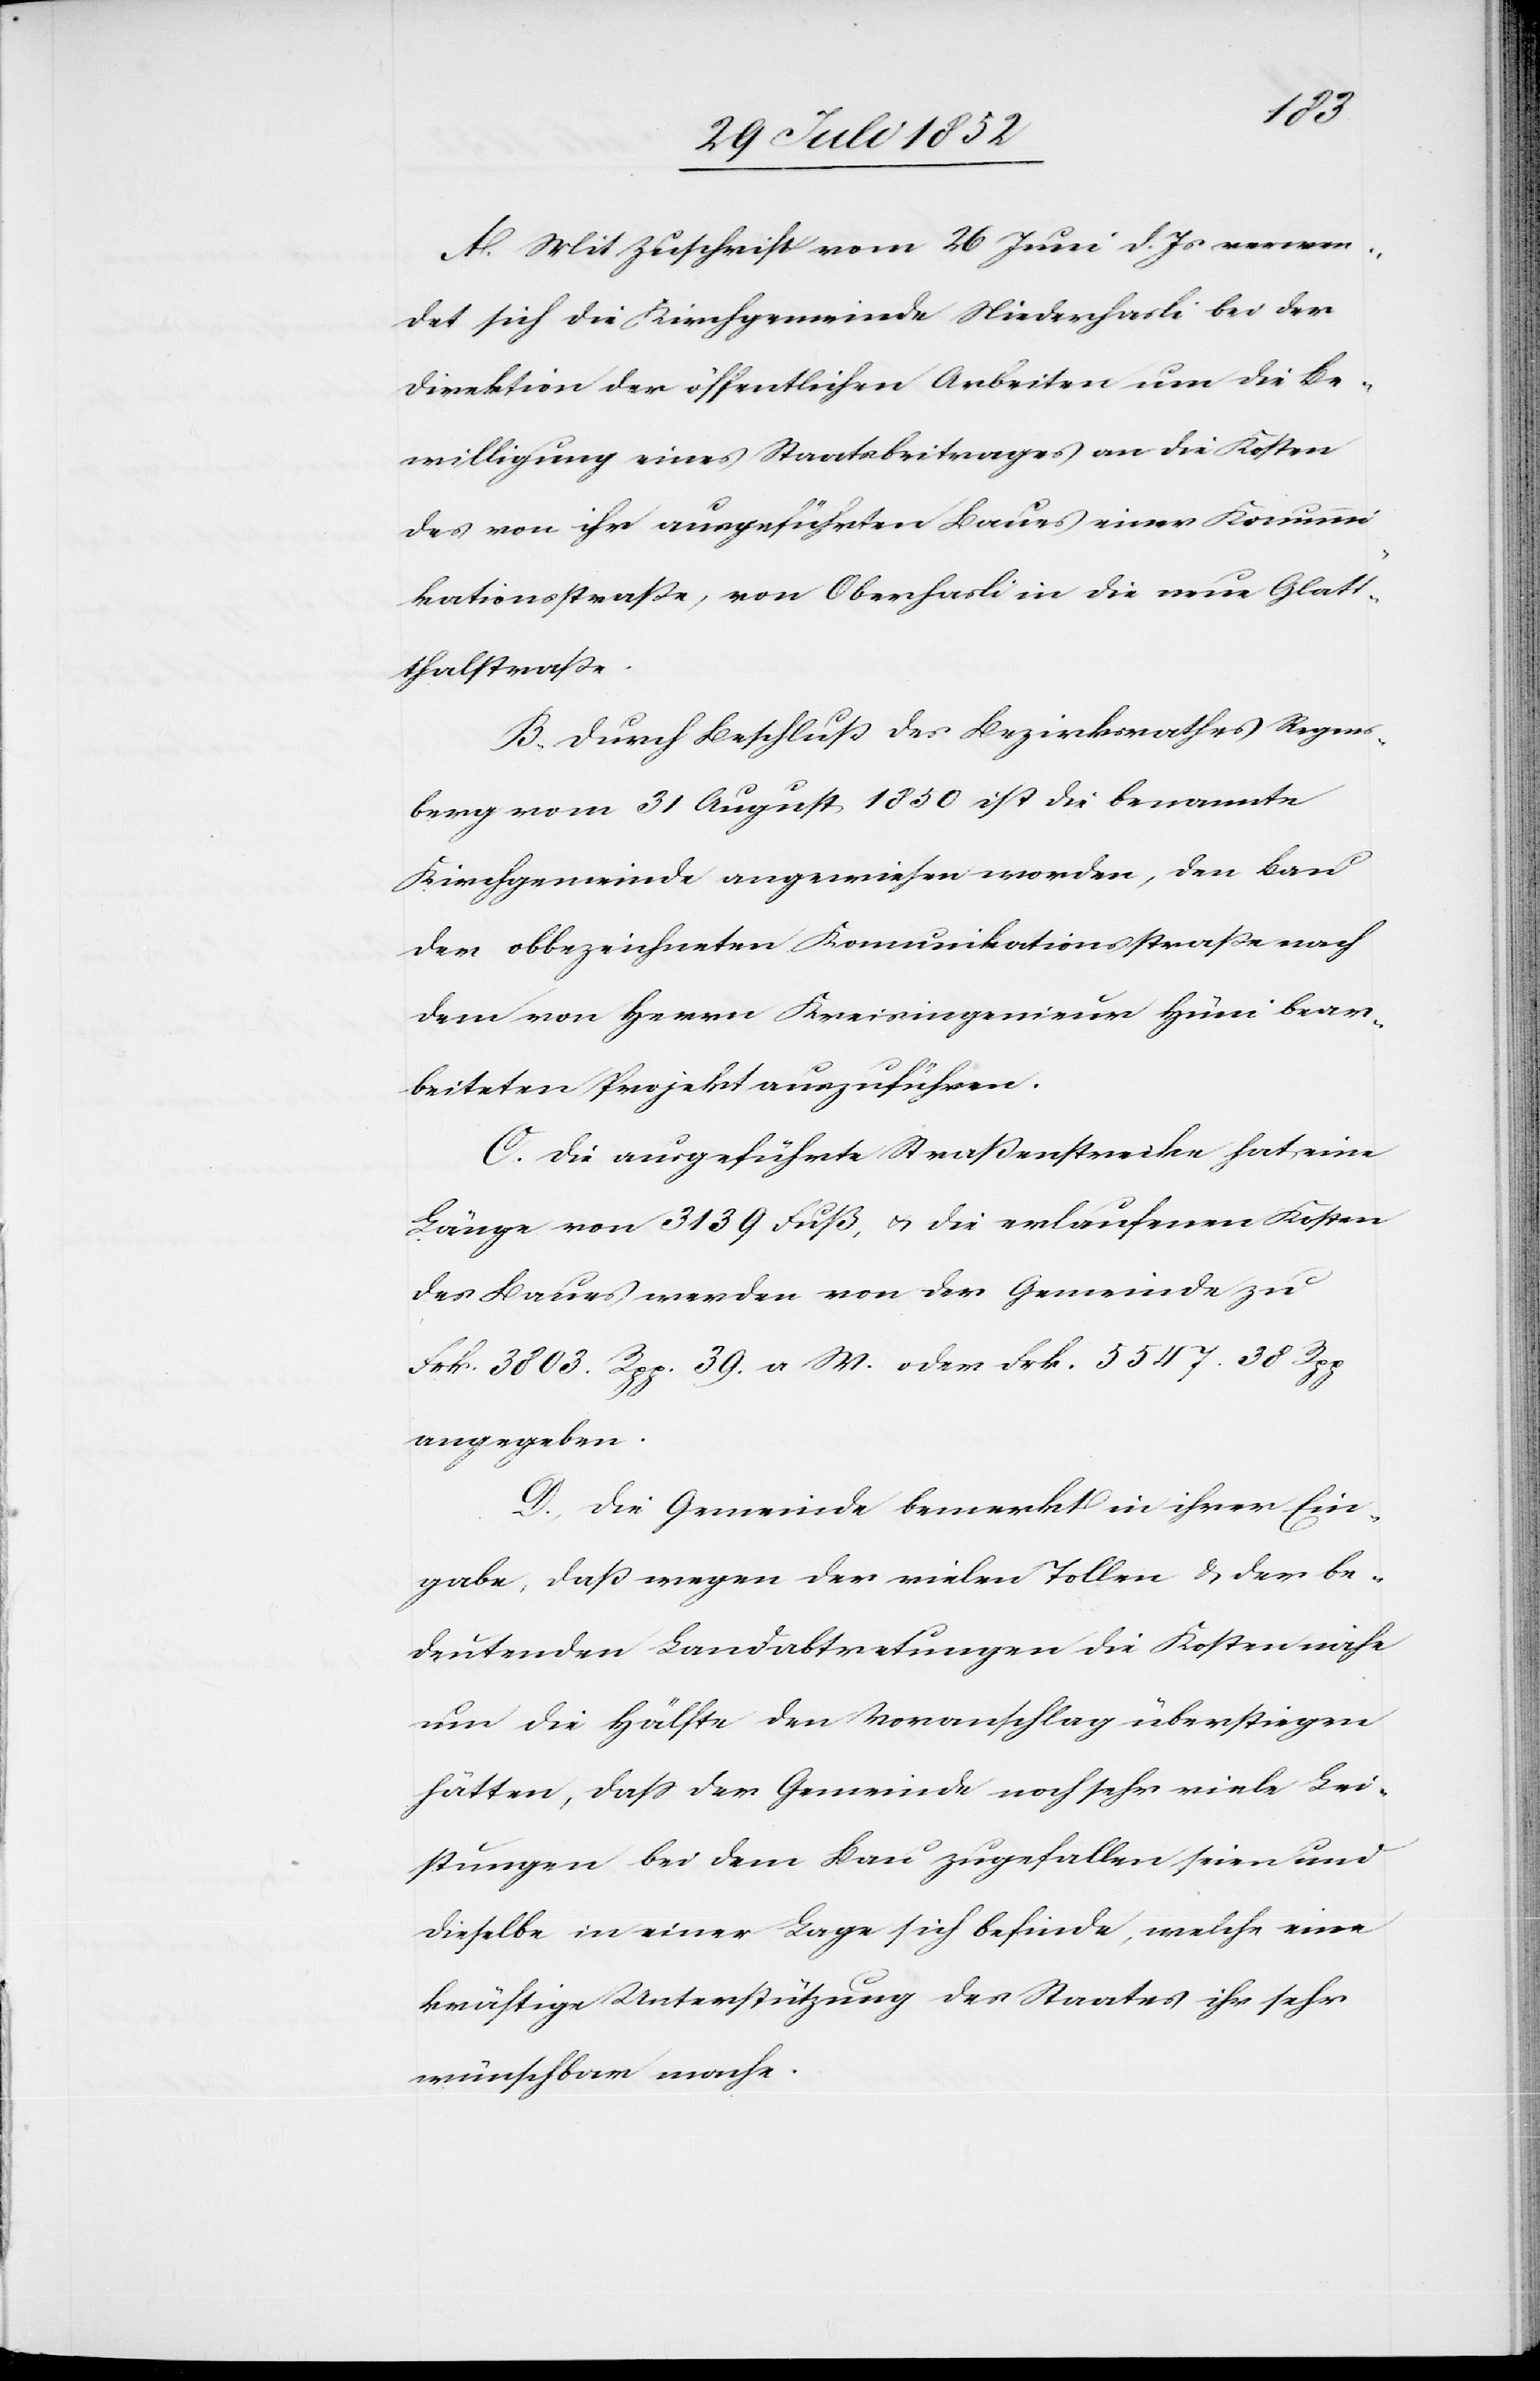
A. Mit Zuschrift vom 26 Juni d. Js verwen¬
det sich die Kirchgemeinde Niederhasli bei der
Direktion der öffentlichen Arbeiten um die Be¬
willigung eines Staatsbeitrages an die Kosten
des von ihr ausgeführten Baues einer Komunni¬
kationsstraße [sic!], von Oberhasli in die neue Glatt¬
thalstraße.
B. Durch Beschluß des Bezirksrathes Regens¬
berg vom 31 August 1850 ist die benannte
Kirchgemeinde angewiesen worden, den Bau
der obbezeichneten Kom[m]unikationsstraße nach
dem von Herrn Kreisingenieur Hüni bear¬
beiteten Projekt auszuführen.
C. Die ausgeführte Straßenstrecke hat eine
Länge von 3139 Fuß, & die erlaufenen Kosten
des Baues werden von der Gemeinde zu
Frk. 3803. Rpp. 39. a W. oder Frk. 5547. 38 Rpp
angegeben.
D., Die Gemeinde bemerkt in ihrer Ein¬
gabe, daß wegen der vielen Tollen & der be¬
deutenden Landabtretungen die Kosten nahe
um die Hälfte den Voranschlag überstiegen
hätten, dass der Gemeinde noch sehr viele Lei¬
stungen bei dem Bau zugefallen seien und
dieselbe in einer Lage sich befinde, welche eine
kräftige Unterstützung des Staates ihr sehr
wünschbar mache.